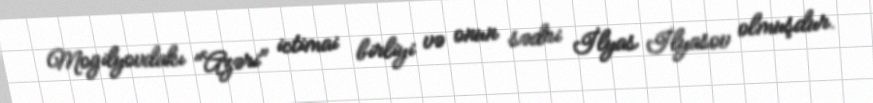
Mogilyovdakı "Azəri" ictimai birliyi və onun sədri İlyas İlyasov olmuşdur.